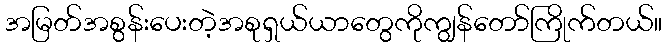
အမြတ်အစွန်းပေးတဲ့အစုရှယ်ယာတွေကိုကျွန်တော်ကြိုက်တယ်။